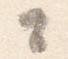
々